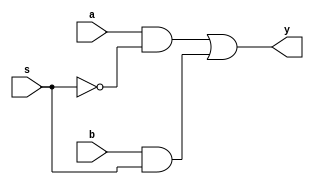
`timescale 1ns/1ns

module mux1(a, b, s, y); /* module */
	input  a, b, s;      /* input signal (1bit) */
	output y;            /* output signal (1bit) */
	
	/* assign(output port) */
	assign y  = (a & ~s) | (b & s);
	
endmodule /* module */